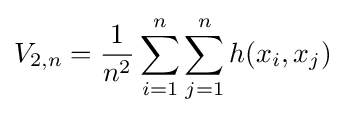
V_{2,n}={\frac {1}{n^{2}}}\sum _{i=1}^{n}\sum _{j=1}^{n}h(x_{i},x_{j})